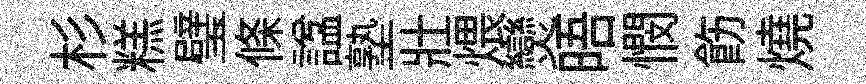
杉糕璧條諡塾壯煨𤓖晤憫飭燒